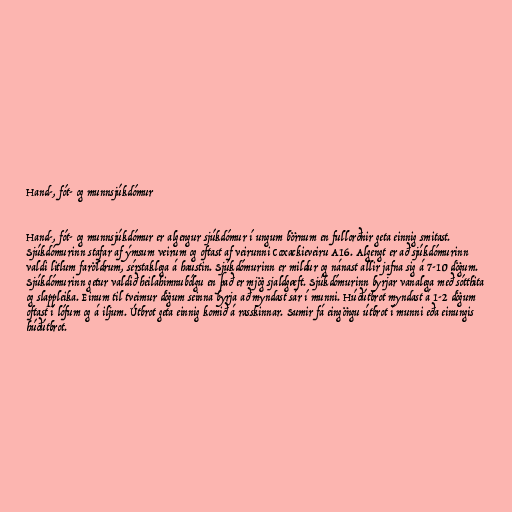
Hand-, fót- og munnsjúkdómur

Hand-, fót- og munnsjúkdómur er algengur sjúkdómur í ungum börnum en fullorðnir geta einnig smitast.
Sjúkdómurinn stafar af ýmsum veirum og oftast af veirunni Coxackieveiru A16. Algengt er að sjúkdómurinn
valdi litlum faröldrum, sérstaklega á haustin. Sjúkdómurinn er mildur og nánast allir jafna sig á 7-10 dögum.
Sjúkdómurinn getur valdið heilahimnubólgu en það er mjög sjaldgæft. Sjúkdómurinn byrjar vanalega með sótthita
og slappleika. Einum til tveimur dögum seinna byrja að myndast sár í munni. Húðútbrot myndast á 1-2 dögum
oftast í lófum og á iljum. Útbrot geta einnig komið á rasskinnar. Sumir fá eingöngu útbrot í munni eða einungis
húðútbrot.